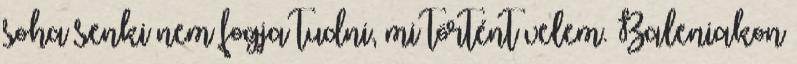
soha senki nem fogja tudni, mi történt velem. Baleniakon